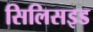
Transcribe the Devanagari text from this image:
सिलिसइड